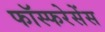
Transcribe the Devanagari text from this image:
फॉस्फरेसेंस